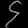
Digit: ၄